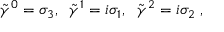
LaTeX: { \tilde { \gamma } } ^ { 0 } = \sigma _ { 3 } , \; \; { \tilde { \gamma } } ^ { 1 } = i \sigma _ { 1 } , \; \; { \tilde { \gamma } } ^ { 2 } = i \sigma _ { 2 } \; ,